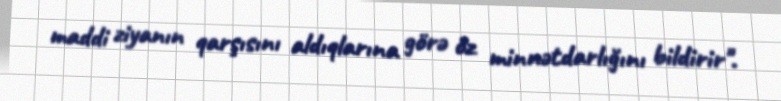
maddi ziyanın qarşısını aldıqlarına görə öz minnətdarlığını bildirir".